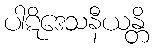
ပါဋိဒေသနီယန္တိ